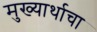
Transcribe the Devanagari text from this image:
मुख्यार्थाचा